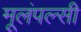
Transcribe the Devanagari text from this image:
मूलंपल्सी